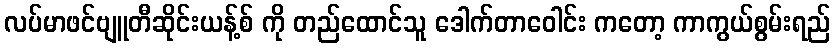
လပ်မာဖင်ဗျူတီဆိုင်းယန့်စ် ကို တည်ထောင်သူ ဒေါက်တာဝေါင်း ကတော့ ကာကွယ်စွမ်းရည်